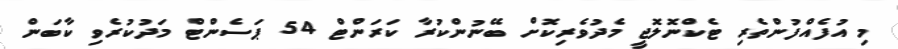
މި އުފެއްފުންތެރި ޓެކްނޮލޮޖީ މެދުވެރިކޮށް ބޭނުންކުރާ ކަރަންޓް 54 ޕަސެންޓް މަދުކުރެވި ކާބަން